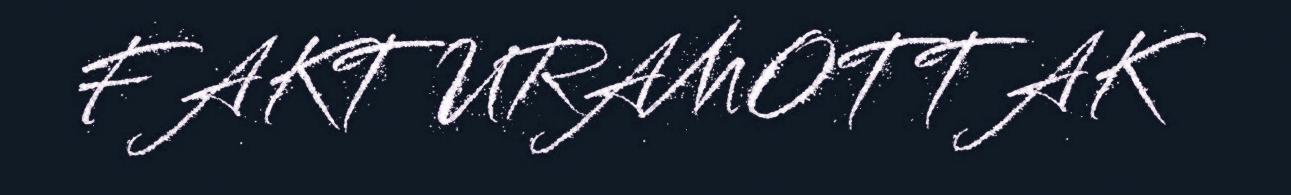
FAKTURAMOTTAK